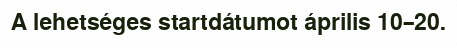
A lehetséges startdátumot április 10–20.